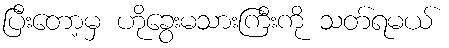
ပြီးတော့မှ ဟိုခွေးမသားကြီးကို သတ်ရမယ်